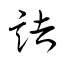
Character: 詰